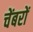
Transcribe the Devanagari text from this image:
चेंबरों